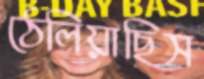
ঠেলিয়াছিস